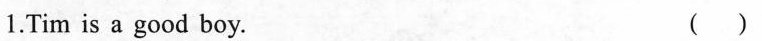
1.Tim is a good boy. ()